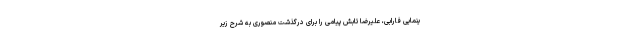
ینمایی فارابی، علیرضا تابش پیامی را برای درگذشت منصوری به شرح زیر